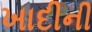
ખાદીની